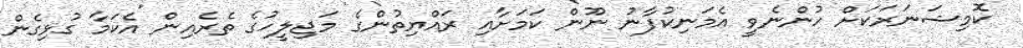
ކޮމިޝަނަރަަކަށް ހުންނެވީ އެމަނިކުފާނު ނޫން ކަމަށާއި ރައްޔިތުންގެ މަޖިލީހުގެ ތެރެއިން އެކަމާ ގުޅިގެން